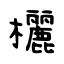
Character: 欐